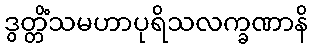
ဒွတ္တိံသမဟာပုရိသလက္ခဏာနိ